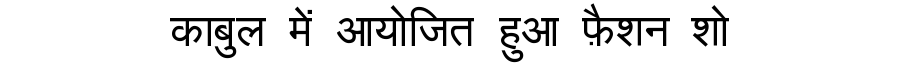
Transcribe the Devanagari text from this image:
काबुल में आयोजित हुआ फ़ैशन शो